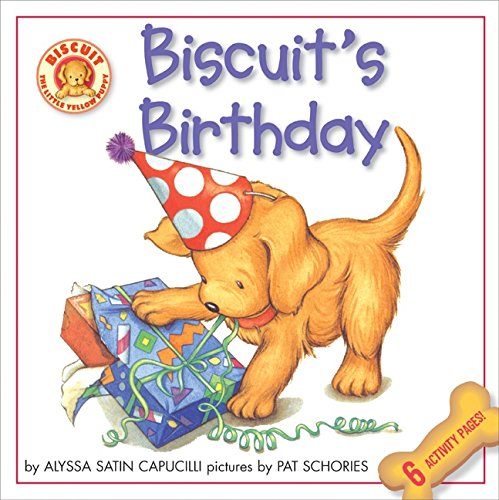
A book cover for Biscuit's Birthday; Alyssa Satin Capucilli; Children's Books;